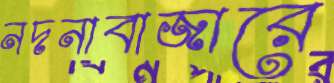
নদনাবাজারে